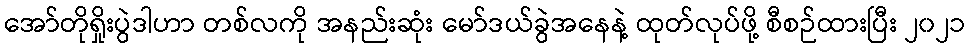
အော်တိုရှိုးပွဲဒါဟာ တစ်လကို အနည်းဆုံး မော်ဒယ်ခွဲအနေနဲ့ ထုတ်လုပ်ဖို့ စီစဉ်ထားပြီး ၂၀၂၁